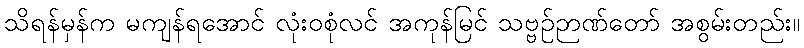
သိရန်မှန်က မကျန်ရအောင် လုံးဝစုံလင် အကုန်မြင် သဗ္ဗဉ်ဉာဏ်တော် အစွမ်းတည်း။